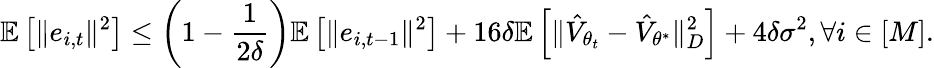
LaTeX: \mathbb{E}\left[\Vert e_{i,t}\Vert^{2}\right]\leq\left(1-\frac{1}{2\delta}\right)\mathbb{E}\left[\Vert e_{i,t-1}\Vert^{2}\right]+16\delta\mathbb{E}\left[\Vert\hat{V}_{{\theta}_{t}}-\hat{V}_{{\theta}^{*}}\Vert_{D}^{2}\right]+4\delta\sigma^{2},\forall i\in[M].